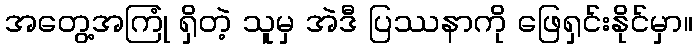
အတွေ့အကြုံ ရှိတဲ့ သူမှ အဲဒီ ပြဿနာကို ဖြေရှင်းနိုင်မှာ။